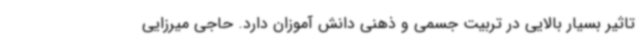
تاثیر بسیار بالایی در تربیت جسمی و ذهنی دانش آموزان دارد. حاجی میرزایی